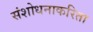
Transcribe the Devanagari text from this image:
संशोधनाकरिता